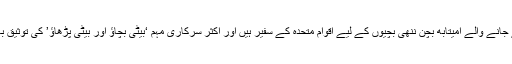
بالی وڈ کے بادشاہ کہے جانے والے امیتابھ بچن ننھی بچیوں کے لیے اقوامِ متحدہ کے سفیر ہیں اور اکثر سرکاری مہم ‘بیٹی بچاؤ اور بیٹی پڑھاؤ’ کی توثیق بھی کرتے نظر آتے ہیں۔